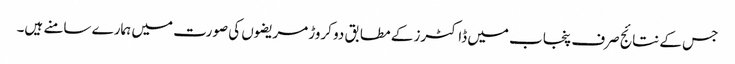
جس کے نتائج صرف پنجاب میں ڈاکٹرز کے مطابق دو کروڑ مریضوں کی صورت میں ہمارے سامنے ہیں۔